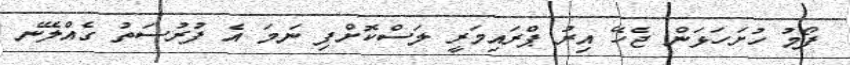
ފޯމު ހުށަހަޅަން ޖެހޭ އިރު ޕްރައިމަރީ ލަސްކޮށްފި ނަމަ އެ ފުރުސަތު ގެއްލޭނެ